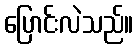
ပြောင်းလဲသည်။